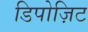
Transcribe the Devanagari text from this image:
डिपोज़िट